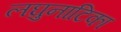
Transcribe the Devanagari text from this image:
लघुनाटिका